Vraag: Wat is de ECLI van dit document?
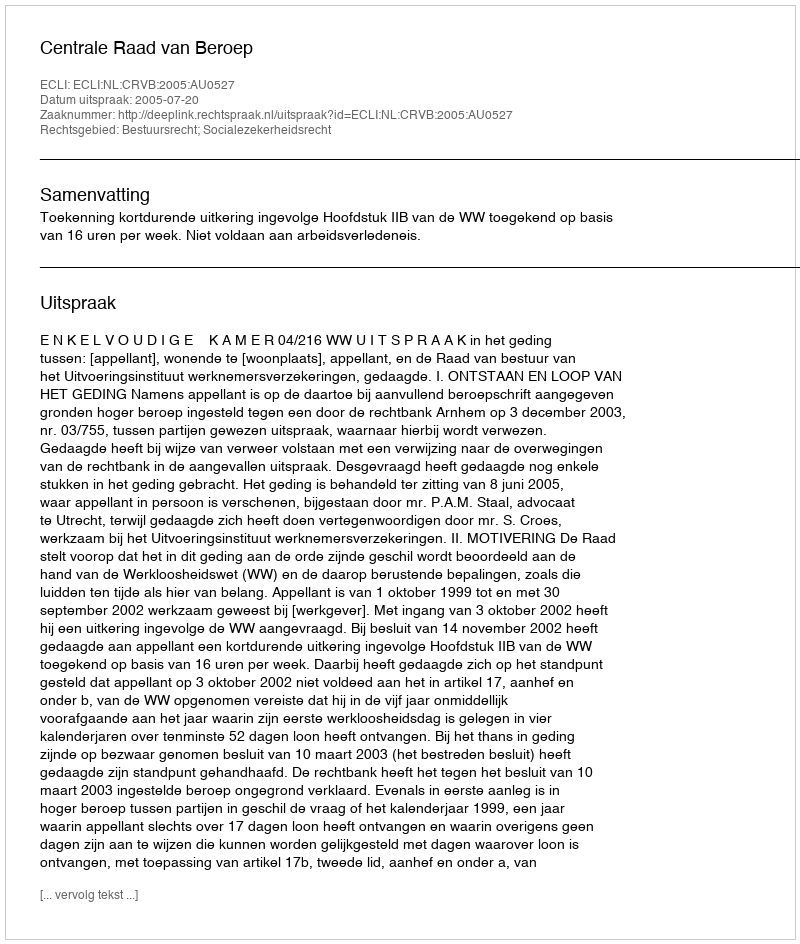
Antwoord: ECLI:NL:CRVB:2005:AU0527